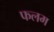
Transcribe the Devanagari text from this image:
फलम